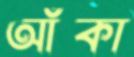
আঁকা